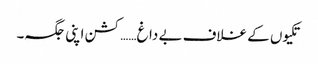
تکیوں کے غلاف بے داغ……کشن اپنی جگہ۔